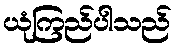
ယုံကြည်ပါသည်